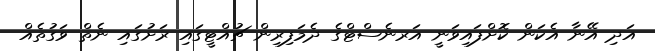
އަދި އޭނާ އެކަން ކޮށްފައިވަނީ އަރނެސްޓްގެ ދެމަފިރިން ޗުއްޓީގައި ރަށުގައި ނެތް ވަގުތެއް